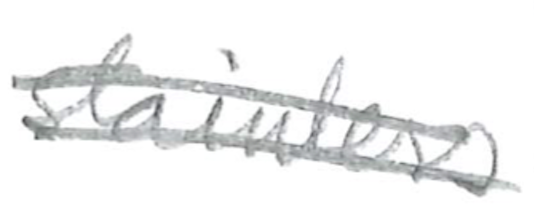
Text: and
Cross-out: mix
Writing tool: pencil